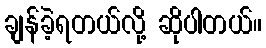
ချန်ခဲ့ရတယ်လို့ ဆိုပါတယ်။